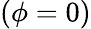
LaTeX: (\phi=0)